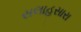
સલાહસારા